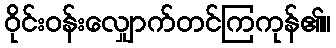
ဝိုင်းဝန်းလျှောက်တင်ကြကုန်၏။